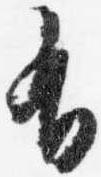
有